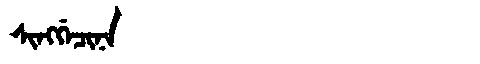
Manchu: ᠰᡳᠩᡤᡝᠴᡳᠨᠠ
Romanization: SINGGECINA